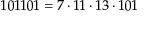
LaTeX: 1 0 1 1 0 1 = 7 \cdot 1 1 \cdot 1 3 \cdot 1 0 1